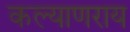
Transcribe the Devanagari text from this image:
कल्याणराय